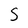
Character: 5